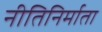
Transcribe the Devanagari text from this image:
नीतिनिर्माता